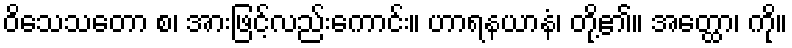
ဝိသေသတော စ၊ အားဖြင့်လည်းကောင်း။ ဟာရနယာနံ၊ တို့၏။ အတ္ထော၊ ကို။